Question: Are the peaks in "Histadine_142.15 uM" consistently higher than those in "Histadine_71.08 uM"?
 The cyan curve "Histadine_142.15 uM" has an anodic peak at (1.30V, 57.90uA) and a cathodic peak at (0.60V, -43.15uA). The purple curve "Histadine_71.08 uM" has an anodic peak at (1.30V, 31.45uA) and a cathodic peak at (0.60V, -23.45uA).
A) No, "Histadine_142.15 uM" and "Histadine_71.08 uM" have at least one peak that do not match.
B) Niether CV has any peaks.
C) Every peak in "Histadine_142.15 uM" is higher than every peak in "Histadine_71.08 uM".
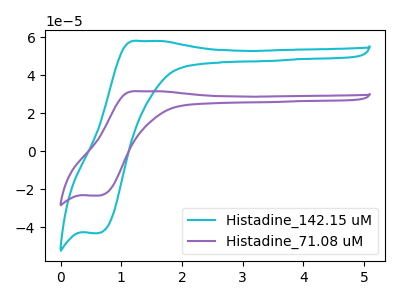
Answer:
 <answer>C) Every peak in "Histadine_142.15 uM" is higher than every peak in "Histadine_71.08 uM".</answer>
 <eval>C</eval>